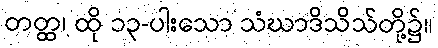
တတ္ထ၊ ထို ၁၃-ပါးသော သံဃာဒိသိသ်တို့၌။